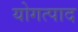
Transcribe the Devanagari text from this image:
योगत्पाद